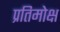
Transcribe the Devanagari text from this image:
प्रतिमोक्ष